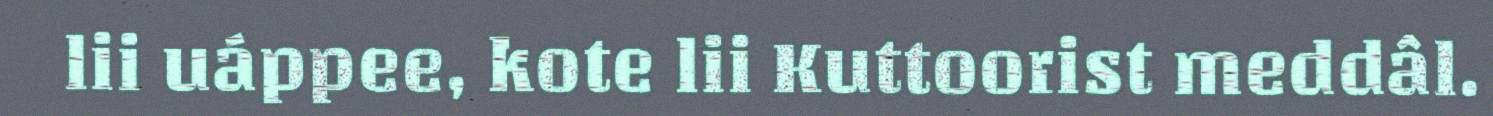
lii uáppee, kote lii Kuttoorist meddâl.